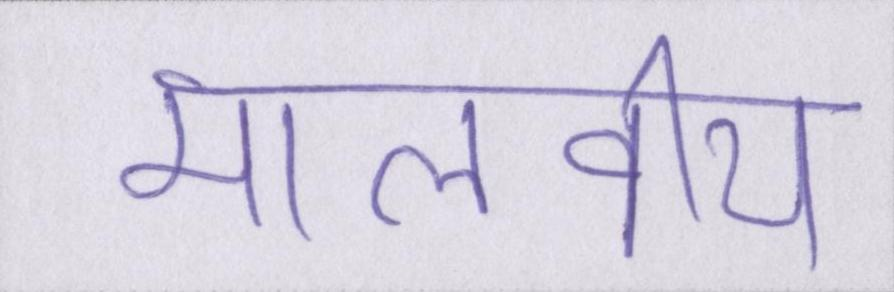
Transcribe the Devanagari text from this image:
मालवीय